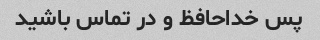
پس خداحافظ و در تماس باشید